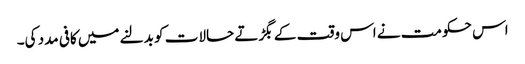
اس حکومت نے اس وقت کے بگڑتے حالات کو بدلنے میں کافی مدد کی۔